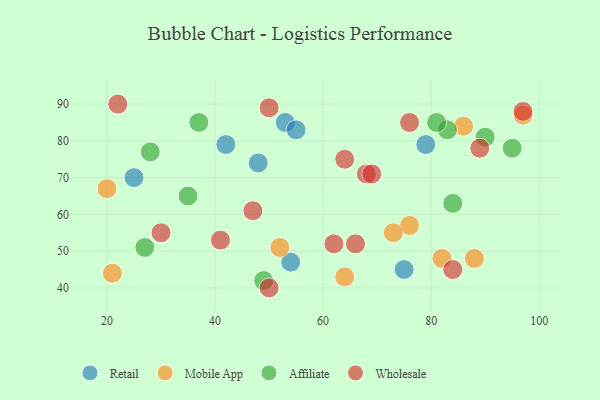
{"axis": {"x": "GDP", "y": "Life Expectancy"}, "legend": ["Affiliate", "Mobile App", "Retail", "Wholesale"], "data": [{"x": "53", "y": 85, "type": "Retail"}, {"x": "48", "y": 74, "type": "Retail"}, {"x": "75", "y": 45, "type": "Retail"}, {"x": "25", "y": 70, "type": "Retail"}, {"x": "42", "y": 79, "type": "Retail"}, {"x": "55", "y": 83, "type": "Retail"}, {"x": "54", "y": 47, "type": "Retail"}, {"x": "79", "y": 79, "type": "Retail"}, {"x": "88", "y": 48, "type": "Mobile App"}, {"x": "86", "y": 84, "type": "Mobile App"}, {"x": "76", "y": 57, "type": "Mobile App"}, {"x": "82", "y": 48, "type": "Mobile App"}, {"x": "20", "y": 67, "type": "Mobile App"}, {"x": "21", "y": 44, "type": "Mobile App"}, {"x": "52", "y": 51, "type": "Mobile App"}, {"x": "97", "y": 87, "type": "Mobile App"}, {"x": "64", "y": 43, "type": "Mobile App"}, {"x": "73", "y": 55, "type": "Mobile App"}, {"x": "35", "y": 65, "type": "Affiliate"}, {"x": "28", "y": 77, "type": "Affiliate"}, {"x": "90", "y": 81, "type": "Affiliate"}, {"x": "49", "y": 42, "type": "Affiliate"}, {"x": "84", "y": 63, "type": "Affiliate"}, {"x": "83", "y": 83, "type": "Affiliate"}, {"x": "37", "y": 85, "type": "Affiliate"}, {"x": "95", "y": 78, "type": "Affiliate"}, {"x": "27", "y": 51, "type": "Affiliate"}, {"x": "81", "y": 85, "type": "Affiliate"}, {"x": "66", "y": 52, "type": "Wholesale"}, {"x": "76", "y": 85, "type": "Wholesale"}, {"x": "62", "y": 52, "type": "Wholesale"}, {"x": "50", "y": 89, "type": "Wholesale"}, {"x": "89", "y": 78, "type": "Wholesale"}, {"x": "68", "y": 71, "type": "Wholesale"}, {"x": "69", "y": 71, "type": "Wholesale"}, {"x": "47", "y": 61, "type": "Wholesale"}, {"x": "22", "y": 90, "type": "Wholesale"}, {"x": "30", "y": 55, "type": "Wholesale"}, {"x": "64", "y": 75, "type": "Wholesale"}, {"x": "97", "y": 88, "type": "Wholesale"}, {"x": "41", "y": 53, "type": "Wholesale"}, {"x": "50", "y": 40, "type": "Wholesale"}, {"x": "84", "y": 45, "type": "Wholesale"}]}